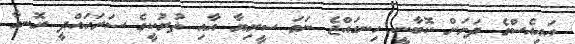
އައިއެސްގެ ދަށަށް ކޮބާނީ ހިނގައްޖެ ނަމަ ސީރިޔާ އާއި ތުރުކީގެ ސަރަހައްދީ ރޮނގާ